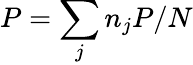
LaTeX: P=\sum_{j}n_{j}P/N